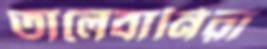
তালেবানিরা